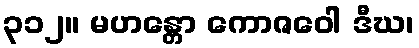
၃၁၂။ မဟန္တော ကောဇဝေါ ဒီဃ၊